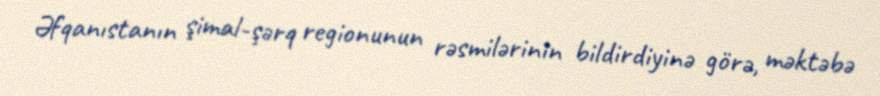
Əfqanıstanın şimal-şərq regionunun rəsmilərinin bildirdiyinə görə, məktəbə